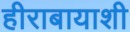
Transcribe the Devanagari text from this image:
हीराबायाशी